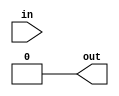
module sll2 #(parameter bits = 1)
(
	input  [bits-1:0] in ,
	output [bits-1:0] out
);
	assign out = in << 2 ;
endmodule